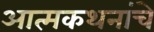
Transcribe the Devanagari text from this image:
आत्मकथनांचे